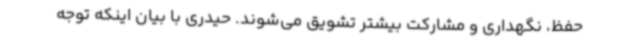
حفظ، نگهداری و مشارکت بیشتر تشویق می‌شوند. حیدری با بیان اینکه توجه